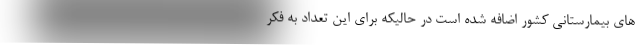
های بیمارستانی کشور اضافه شده است در حالیکه برای این تعداد به فکر